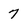
Character: 7